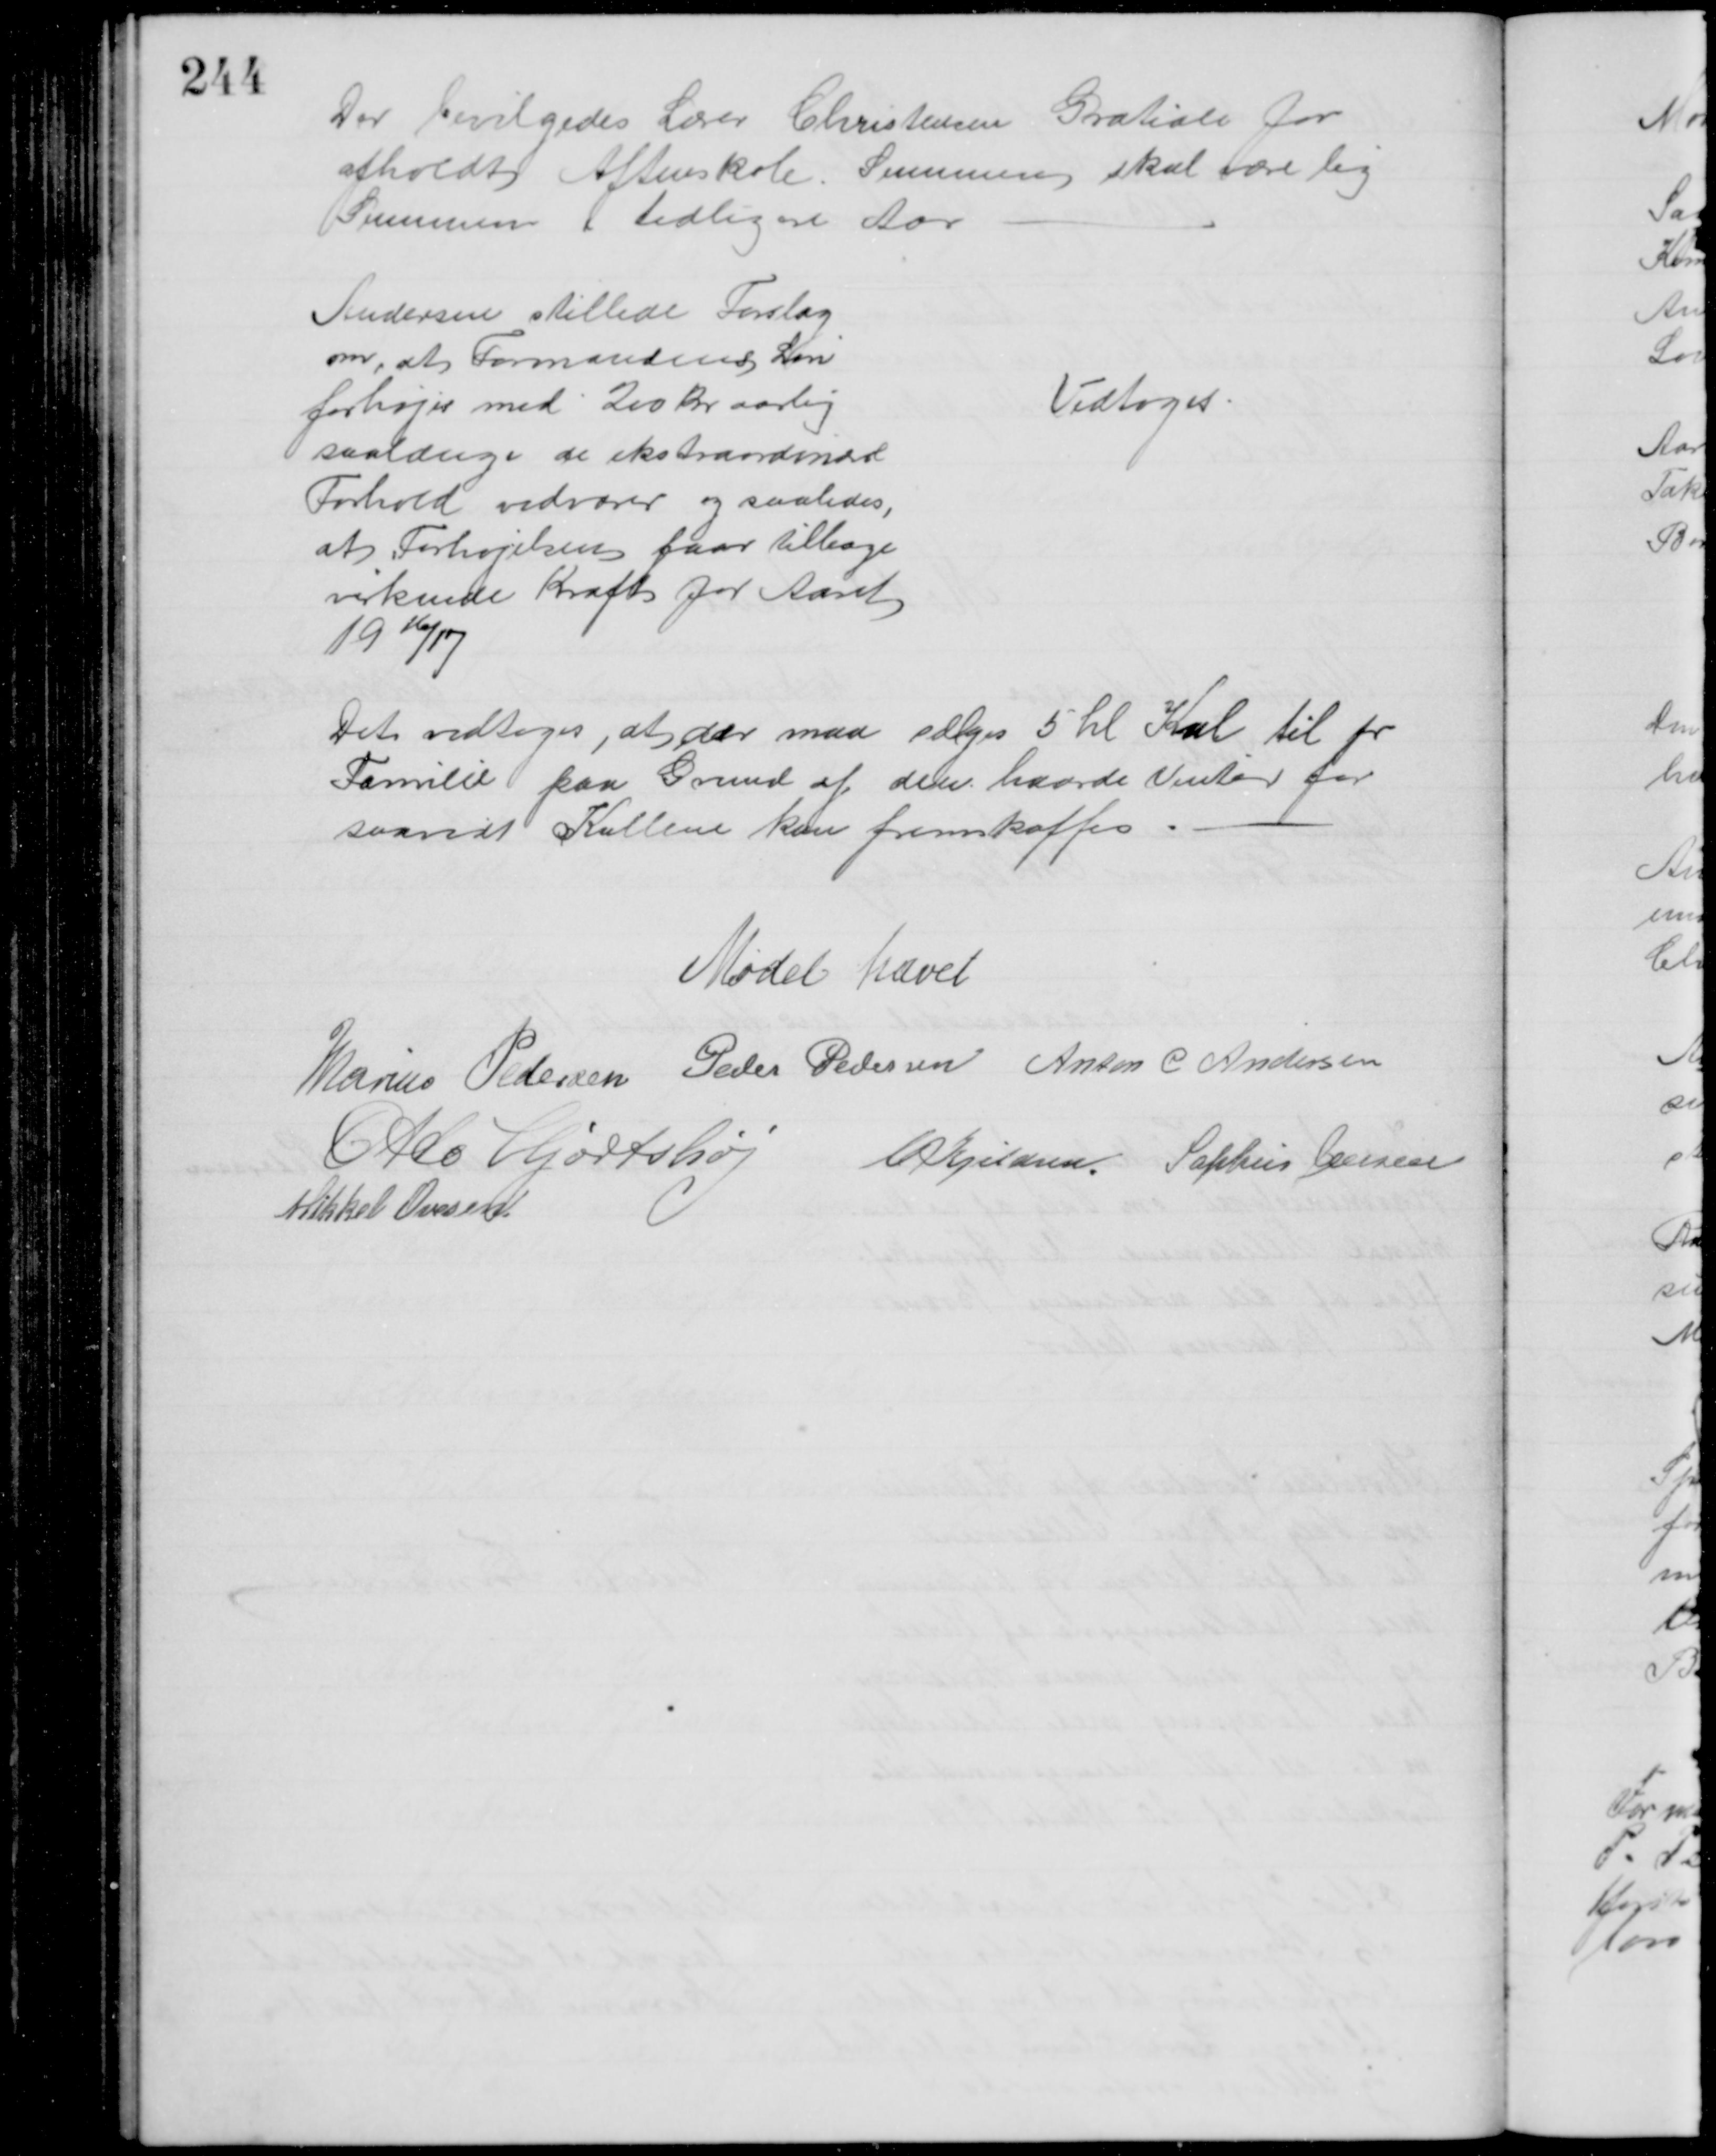
Transskription:
Der bevilgedes Lærer Christensen Gratiale for
afholdt Aftenskole. Summen skal være lig
Summen i tidligere Aar
Andersen stillede Forslag
om, at Formandens Løn
forhøjes med 200 Kr aarlig
saalænge de ekstraordinære
Forhold vedvarer og saaledes,
at Forhøjelsen faar tilbage
virkende Kraft for Aaret 
1916/17
Vedtoges
Det vedtoges, at der maa sælges 5 hl Kul til pr
Familie paa Grund af den haarde Vinter for 
saavidt Kullene kan fremskaffes
Mødet hævet
Marius Pedersen Peder Pedersen Anton C Andersen
Otto Hjortshøj C Kjeldsen. Sophus Jensen
Mikkel Ovesen